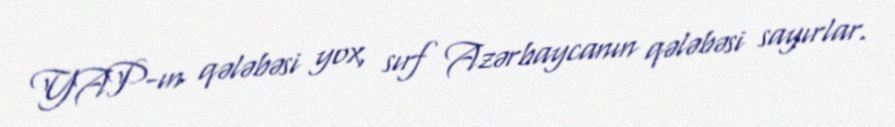
YAP-ın qələbəsi yox, sırf Azərbaycanın qələbəsi sayırlar.